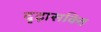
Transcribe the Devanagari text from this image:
दृढ़ासक्ति